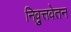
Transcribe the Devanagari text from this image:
निव्रुत्तवेतन